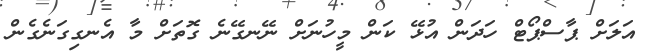
އަލަށް ޕާސްޕޯޓް ހަދަން އުޅޭ ކަން މީހުނަށް ނޭނގޭނެ ގޮތަށް މާ އެނގިގަނެގެން